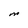
Character: M